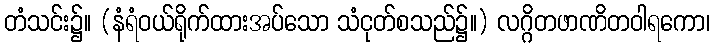
တံသင်း၌။ (နံရံဝယ်ရိုက်ထားအပ်သော သံငုတ်စသည်၌။) လဂ္ဂိတဖာဏိတဝါရကော၊